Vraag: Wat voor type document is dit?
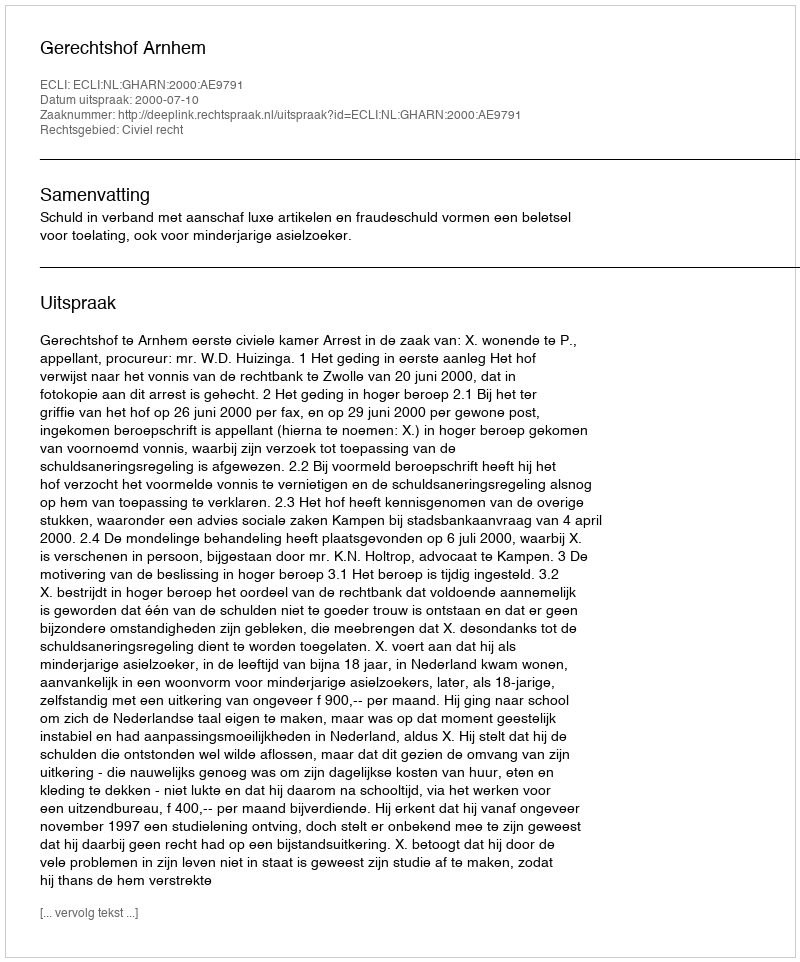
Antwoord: Uitspraak